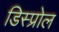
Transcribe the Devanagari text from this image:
डिस्प्रोल